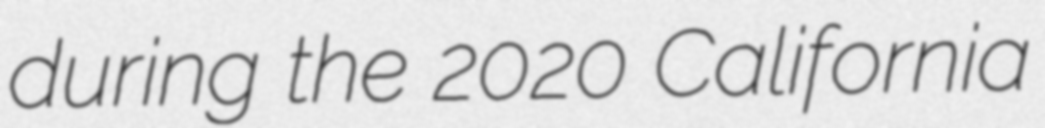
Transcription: during the 2020 California